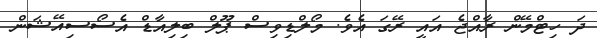
ދަ ހިޓްމޭން ރާއްޖެ އައީ ރޭގަ އެވެ. މޯލްޑިވިސް ޕޫލް ބިލިއާޑް އެސޯސިއޭޝަން